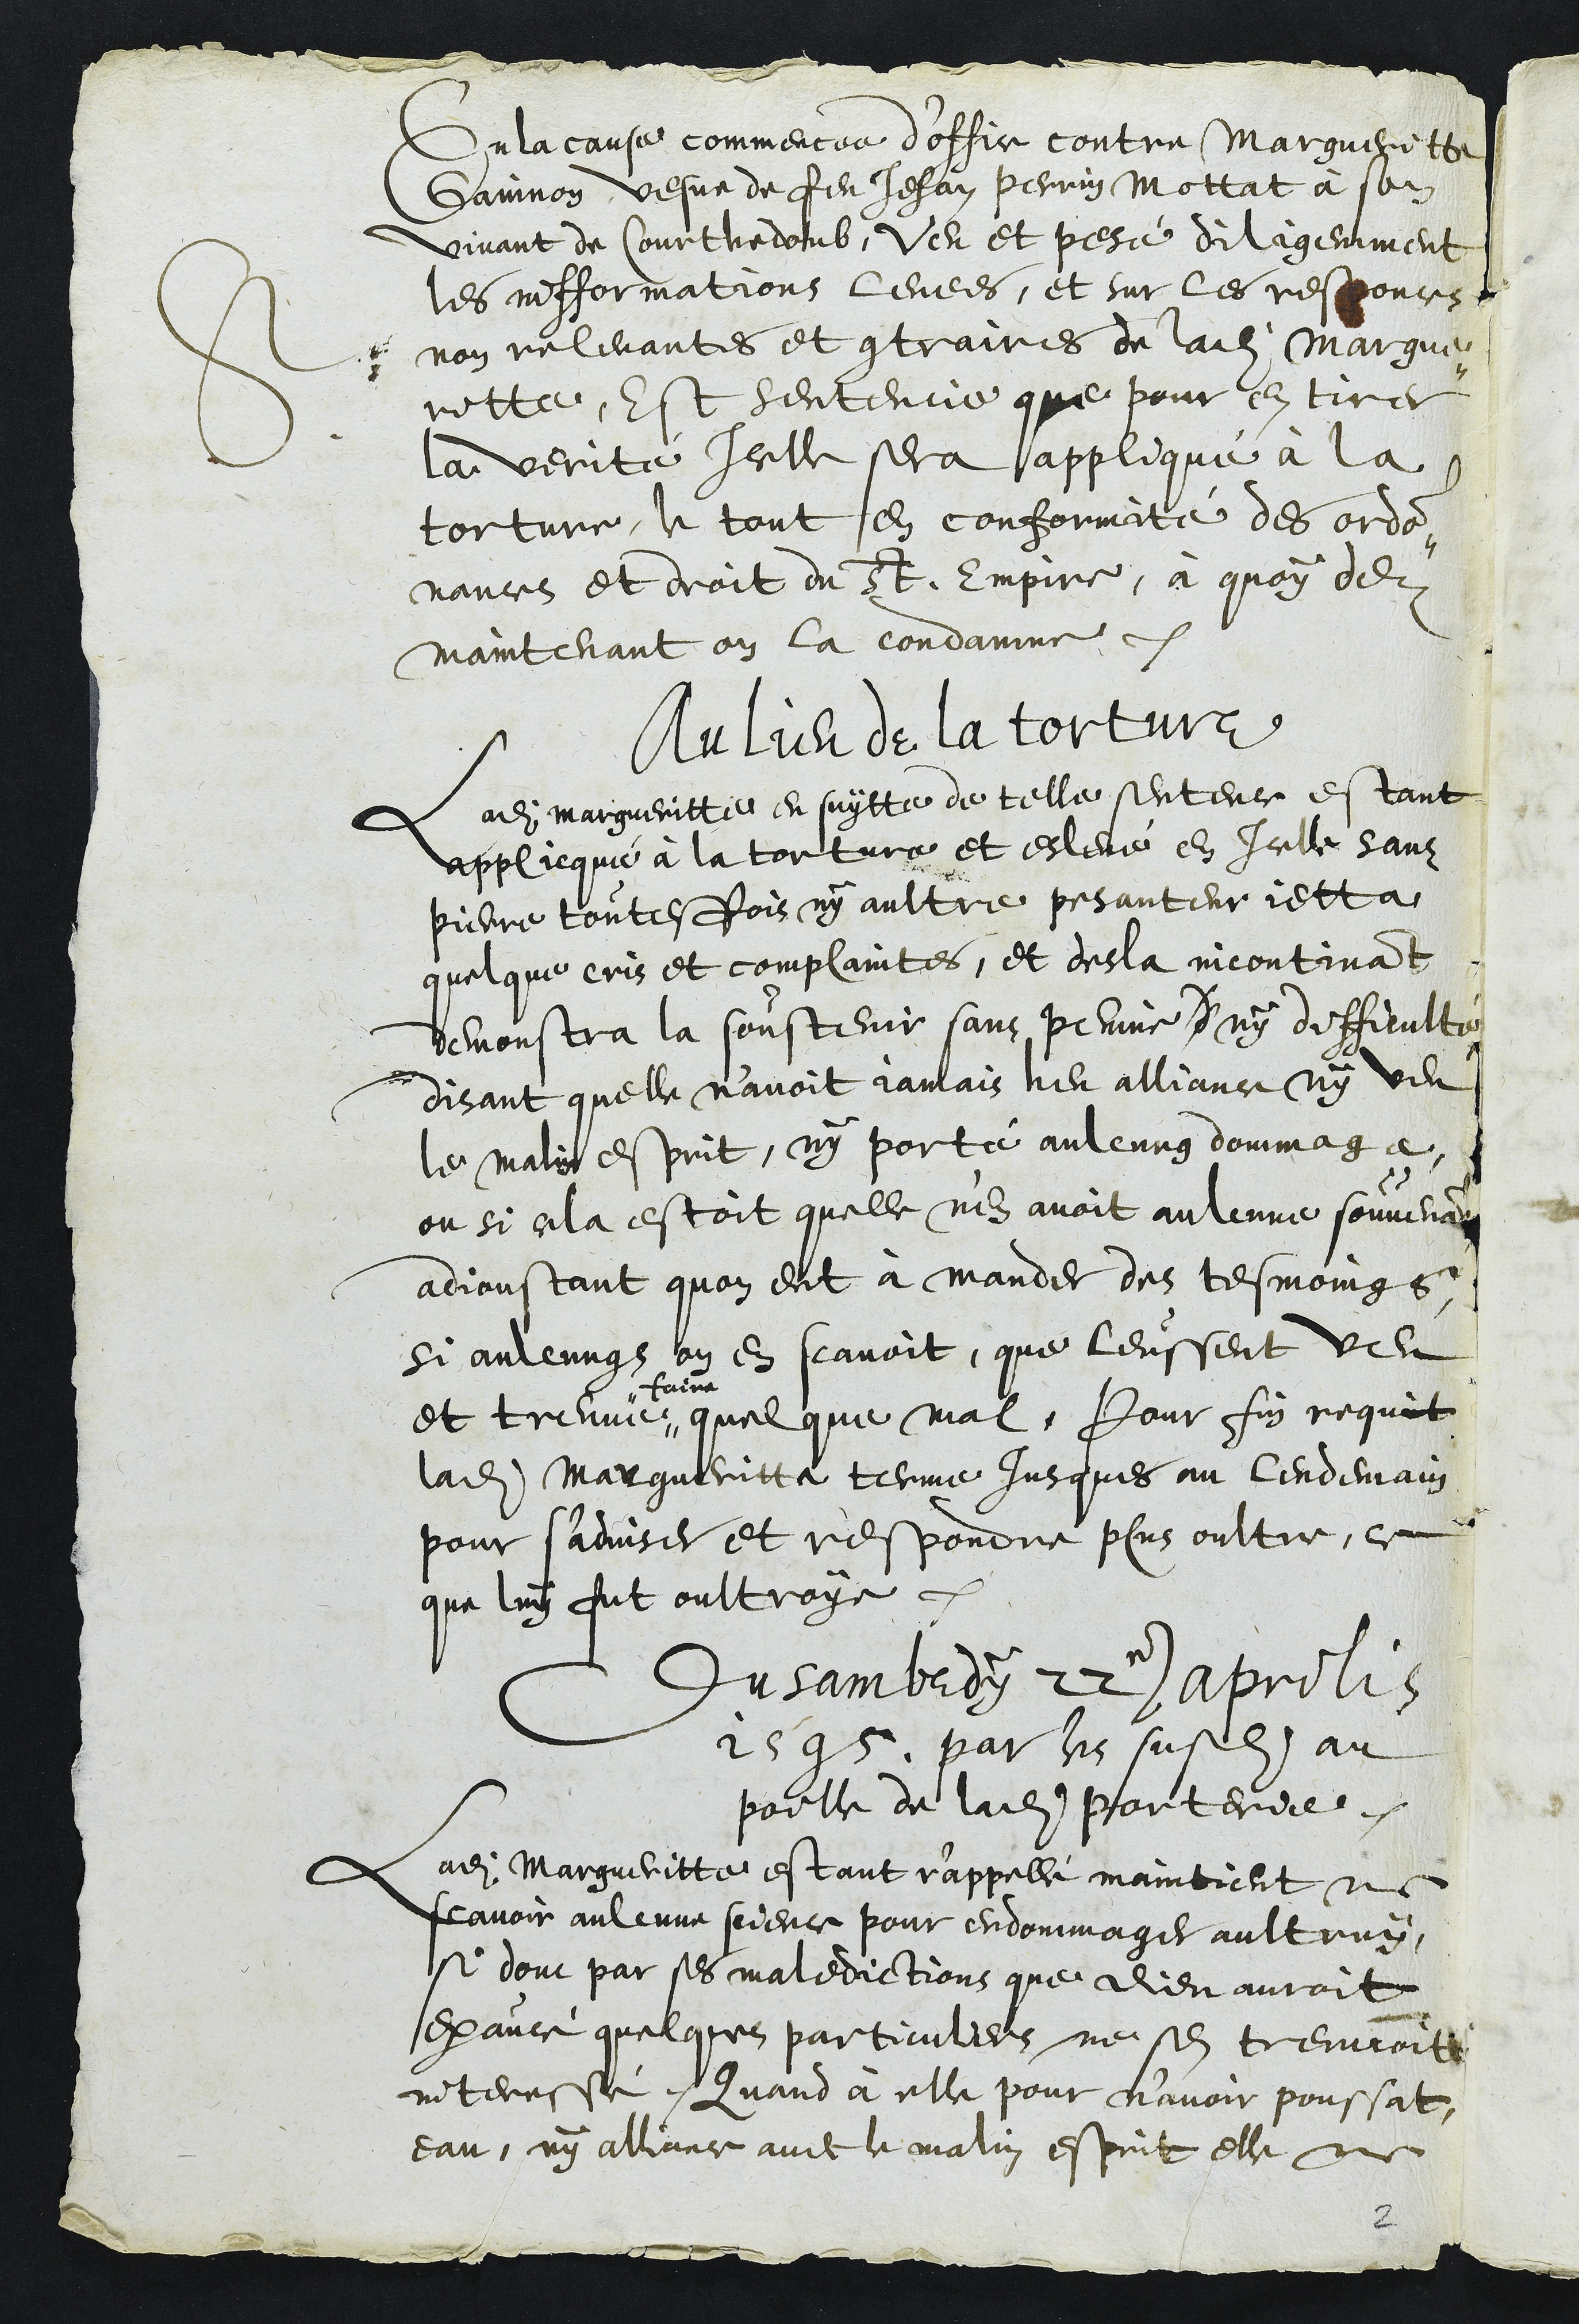
En la cause commencee d’office contre Margueritte
Gainnon vesve de feu Jehan Perrin Mottat à son
vivant de Courthedoub, Veu et pesé diligemment
es infformations levees, et sur les responces
-non relevantes et contraires de ladite Margue-
ritte, Est sentencie que pour en tirer
la verite Icelle sera appliqué à la
torture, le tout en conformité des ordon-
nances et droit de St. Empire, à quoy dez
maintenant on la condamne.
Au lieu de de la torture
Ladite Margueritte en suytte de telle sentence estant
applicqué à la torture et eslevée en Icelle sans
pierre toutesfois ny aultre pesanteur jetta
quelque cris et complaintes, et desla incontinant
demonstra la soustenir sans peinne d ny difficulté
disant quelle n’avoit jamais heu alliance ny veu
le malin esprit, ny porté aulcung dommage,
ou si cela estoit quelle n'en avoit aulcunne souvenance
adjoustant quon eut à mander des tesmoings
si aulcungs on en scavoit, que leussent veu
et treuve
faire
quelque mal, Pour fin requit
ladite Margueritte terme Jusques au lendemain
pour sadviser et respondre plus oultre, ce
que luy fut oultroye.
Du sambedy 22e aprilis
1595. par les susdits au
poille de ladite porterie.
Ladite Margueritte estant r'appellé maintient ne
scavoir aulcune science pour endommager aultruy
si donc par ses maledictions que Dieu auroit
exaucé quelques particuliers ne sen treuvoit
interessé, Quand à elle pour n’avoir poussat,
eau, ny alliance avec le malin esprit elle ne